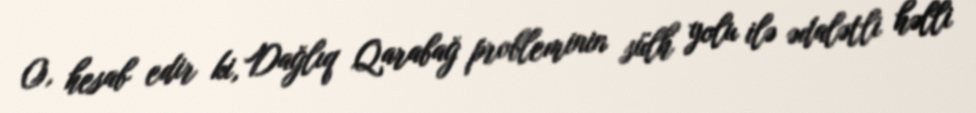
O, hesab edir ki, Dağlıq Qarabağ probleminin sülh yolu ilə ədalətli həlli